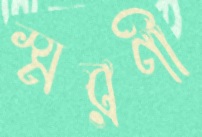
স্মরণী